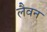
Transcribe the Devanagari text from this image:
लैवन